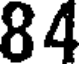
84